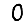
Digit: 0